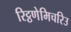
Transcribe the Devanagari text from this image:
रिट्ठणेमिचरिउ